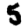
Digit: 5